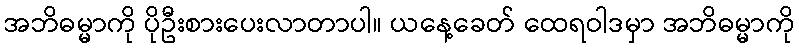
အဘိဓမ္မာကို ပိုဦးစားပေးလာတာပါ။ ယနေ့ခေတ် ထေရဝါဒမှာ အဘိဓမ္မာကို